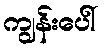
ကျွန်းပေါ်